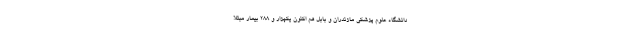
دانشگاه علوم پزشکی مازندران و بابل هم اکنون یکهزار و ۲۸۸ بیمار مبتلا